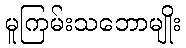
မူကြမ်းသဘောမျိုး